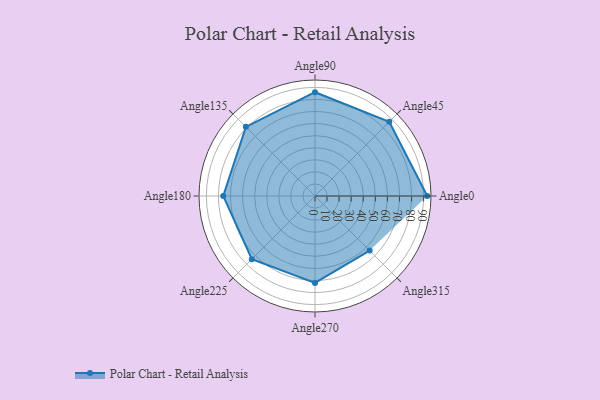
{"axis": {"x": "Angle", "y": "Radius"}, "legend": [""], "data": [{"x": "Angle0", "y": 93.0, "type": ""}, {"x": "Angle45", "y": 87.0, "type": ""}, {"x": "Angle90", "y": 86.0, "type": ""}, {"x": "Angle135", "y": 81.0, "type": ""}, {"x": "Angle180", "y": 76.0, "type": ""}, {"x": "Angle225", "y": 74.0, "type": ""}, {"x": "Angle270", "y": 72.0, "type": ""}, {"x": "Angle315", "y": 64.0, "type": ""}]}